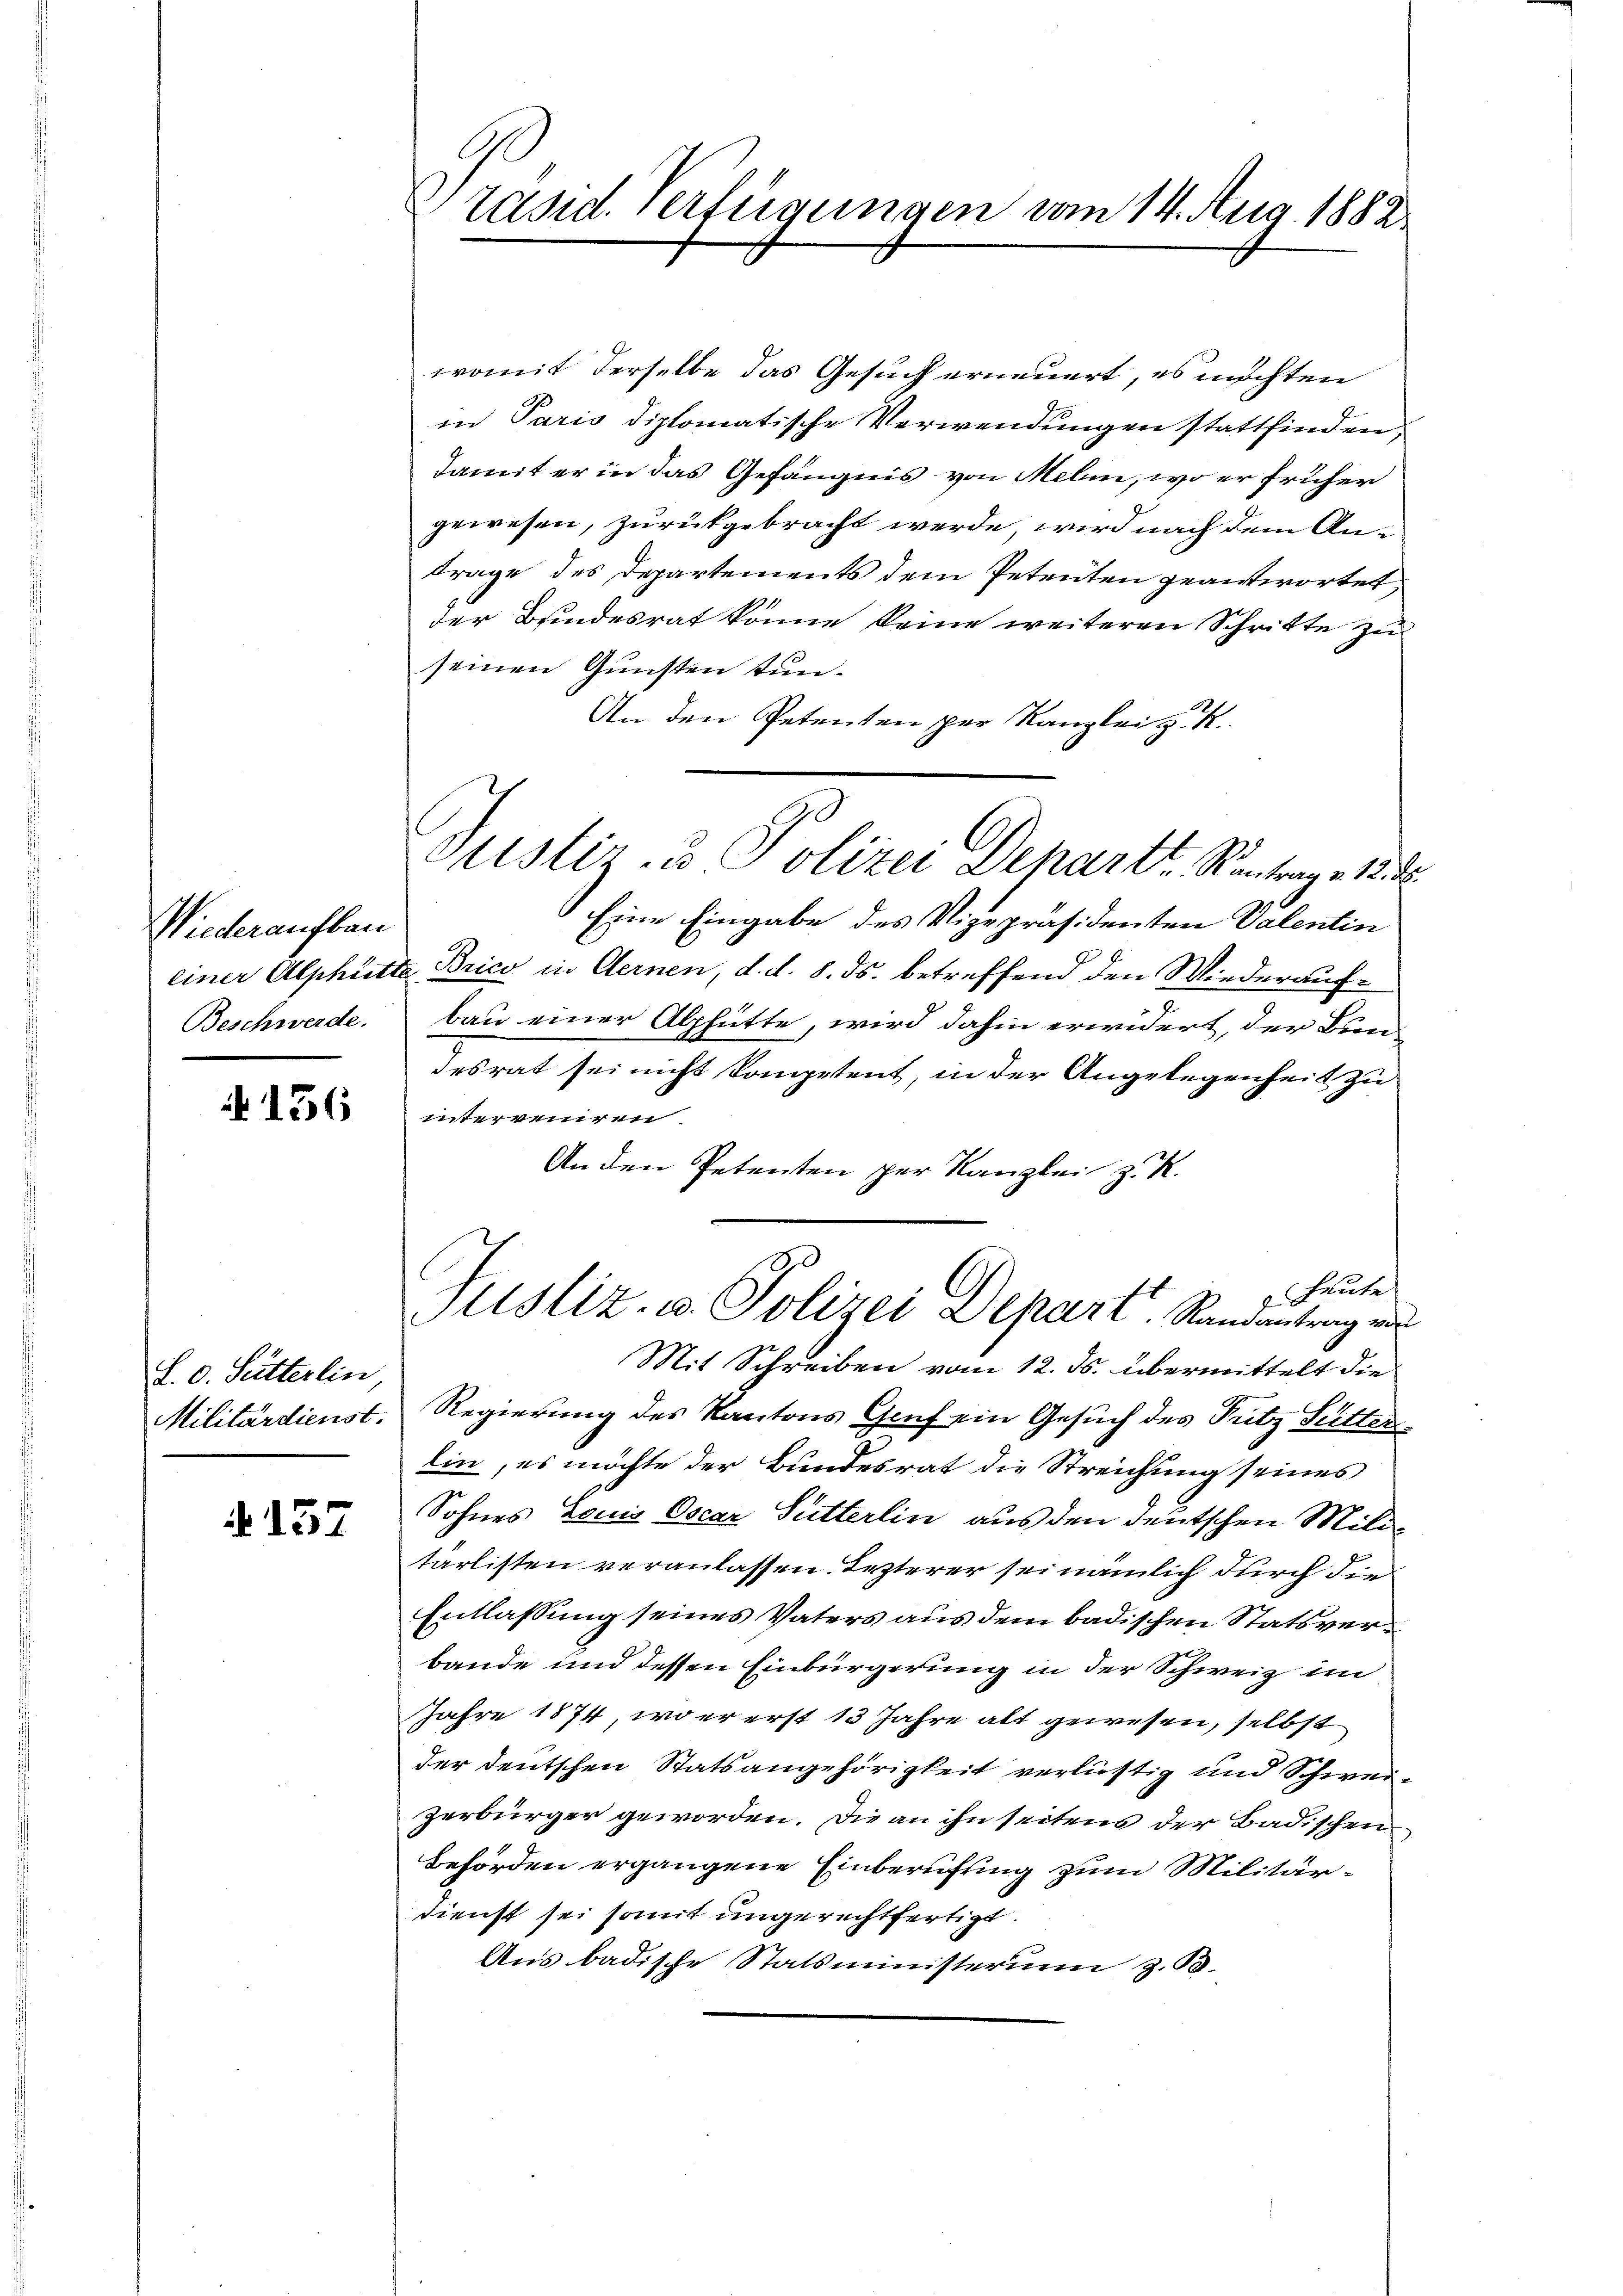
Wiederaufbau
Beschwerde.

4136

L. c. Sutterlin,
Militärdienst.

137

Präsid. Verfügungen vom 14. Aug. 1882

womit derselbe das Gesuch erneuert, es möchten
in Paris diplomatische Verwendungen stattfinden
damit er in das Gefängnis von Melin, wo er früher
gewesen, zurückgebracht werde, wird nach dem Antrage des Departements dem Petenten geantwortet.
der Bundesrat könne keine weiteren Schritte zu
seinen Gunsten tun.
An den Petenten per Kanzlei z
Eine Eingabe des Vizepräsidenten Valentin
einer Alphütte Brico in Gernen, d. d. 8. ds. betreffend den Wiederaufbau einer Alphütte, wird dahin erwidert, der Bundesrat sei nicht kompetent, in der Angelegenheit zu
interreiren
An den Petenten per Kanzlei z. R.
Heute
Justiz- u. Polizei Depart. Randantrag ein
Mit Schreiben vom 12. ds. übermittelt die
Regierung des Kantons Gruf ein Gesuch des Putz Sutter
lin, es möchte der Bundesrat die Streichung seines
Sohnes Louis Oscar Sutterlin aus den deutschen Mili
tärlisten veranlassen. Lezterer sei nämlich durch die
Entlassung seines Vaters aus dem badischen Statsverbande und dessen Einbürgerung in der Schweiz im
Jahre 1874, wo er erst 13 Jahre alt gewesen, selbst
der deutschen Statsangehörigkeit verlustig und Schwerzerbürger geworden. Die an ihn seitens der Badischen
Behörden ergangene Einberufung zum Militärdienst sei somit ungerechtfertigt.
Aus badische Statsministerum z. B.

Justiz- u Polizei Dehartt. Rentrag 12.